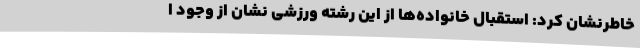
خاطرنشان کرد: استقبال خانواده‌ها از این رشته ورزشی نشان از وجود ا